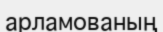
арламованың